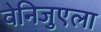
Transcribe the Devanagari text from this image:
वेनिजुएला